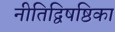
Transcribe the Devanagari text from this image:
नीतिद्विषष्ठिका